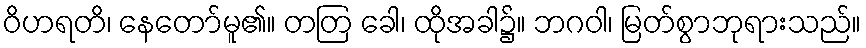
ဝိဟရတိ၊ နေတော်မူ၏။ တတြ ခေါ၊ ထိုအခါ၌။ ဘဂဝါ၊ မြတ်စွာဘုရားသည်။